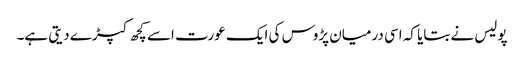
پولیس نے بتایا کہ اسی درمیان پڑوس کی ایک عورت اسے کچھ کپڑے دیتی ہے۔